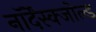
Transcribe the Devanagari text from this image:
नॉर्देंस्क्जोल्ड